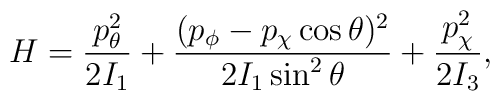
H = {p_\theta^2 \over 2I_1} + { (p_\phi - p_\chi\cos\theta)^2 \over 2I_1\sin^2\theta}	+{p^2_\chi \over 2 I_3},